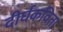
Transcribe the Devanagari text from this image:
दीर्घकविता